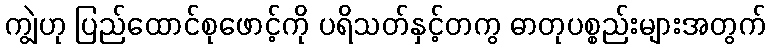
ကျွဲဟု ပြည်ထောင်စုဖောင့်ကို ပရိသတ်နှင့်တကွ ဓာတုပစ္စည်းများအတွက်